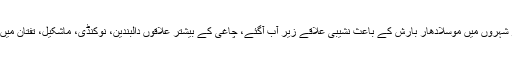
تفصیلات کے مطابق ملک بھر کے بیشتر شہروں میں موسلادھار بارش کے باعث نشیبی علاقے زیر آب آگئے، چاغی کے بیشتر علاقوں دالبندین، نوکنڈی، ماشکیل، تفتان میں دوسرے روز بھی ابر کرم ٹوٹ کر برسا۔